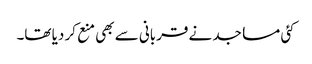
کئی مساجد نے قربانی سے بھی منع کر دیا تھا۔